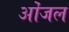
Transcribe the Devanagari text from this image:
ओंजल